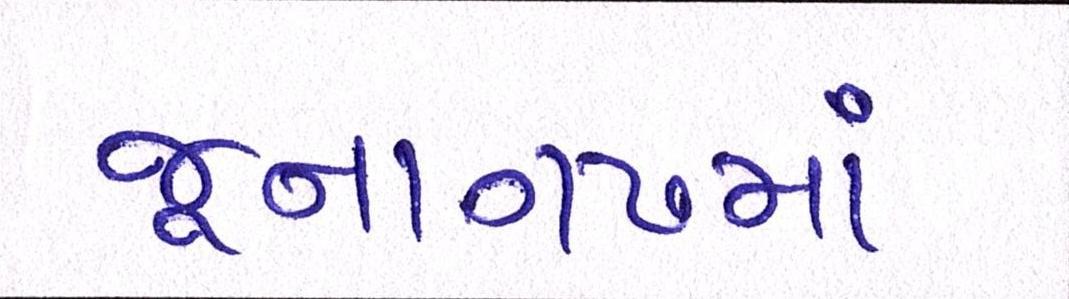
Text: જૂનાગઢમાં